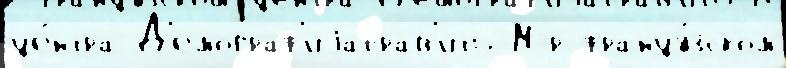
це́нтра Д'емограф'иjаправ'ить Мэр францу́зском